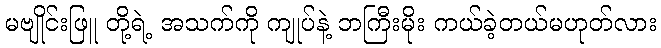
မဗျိုင်းဖြူ တို့ရဲ့ အသက်ကို ကျုပ်နဲ့ ဘကြီးမိုး ကယ်ခဲ့တယ်မဟုတ်လား